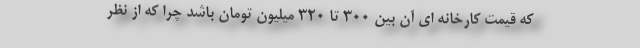
كه قيمت كارخانه اي آن بين 300 تا 320 ميليون تومان باشد چرا كه از نظر